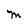
Character: M